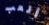
ألعب